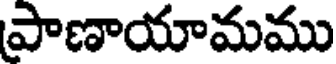
పాణాయామము